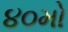
૪૦મો